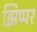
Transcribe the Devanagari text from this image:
झिप्पर